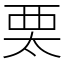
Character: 𧟧